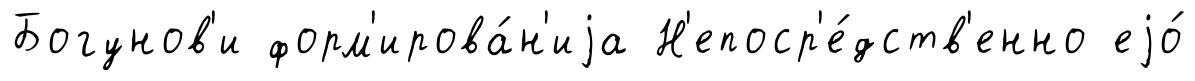
Богунов'и форм'ирова́н'иjа Н'епоср'е́дств'енно еjо́